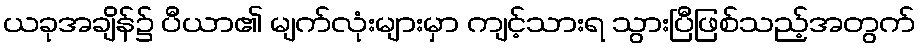
ယခုအချိန်၌ ပီယာ၏ မျက်လုံးများမှာ ကျင့်သားရ သွားပြီဖြစ်သည့်အတွက်